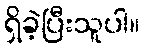
ရှိခဲ့ပြီးသူပါ။